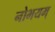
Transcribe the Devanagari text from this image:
नोभयम्